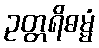
ဥတ္တရိဓမ္မံ